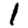
Digit: 1